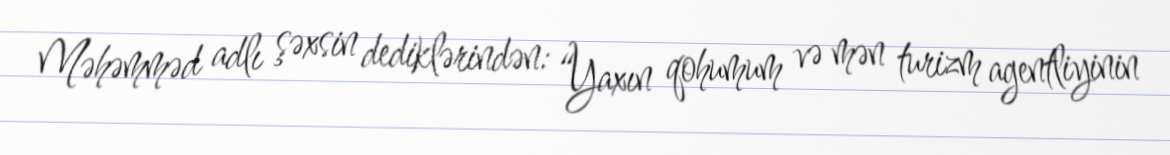
Məhəmməd adlı şəxsin dediklərindən: “Yaxın qohumum və mən turizm agentliyinin